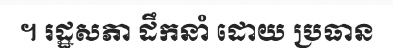
។ រដ្ឋសភា ដឹកនាំ ដោយ ប្រធាន